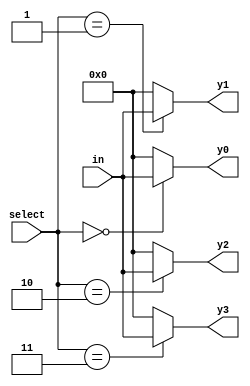
`timescale 1ns / 1ps

module N_Bit_1_to_4_demux_using_if_else #(
    parameter N = 4 // Default width is 4 bits
)(
    input [1:0] select,     // 2-bit select signal
    input [N-1:0] in,       // N-bit input
    output reg [N-1:0] y3,  // N-bit output 3
    output reg [N-1:0] y2,  // N-bit output 2
    output reg [N-1:0] y1,  // N-bit output 1
    output reg [N-1:0] y0   // N-bit output 0
);

always @(*) begin 
    if (select == 3) y3 = in; else y3 = {N{1'b0}}; 
    if (select == 2) y2 = in; else y2 = {N{1'b0}}; 
    if (select == 1) y1 = in; else y1 = {N{1'b0}}; 
    if (select == 0) y0 = in; else y0 = {N{1'b0}};
end 
//for avoiding latch, "else if" is not used

endmodule